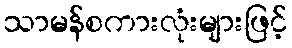
သာမန်စကားလုံးများဖြင့်